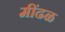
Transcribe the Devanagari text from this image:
मींढळ